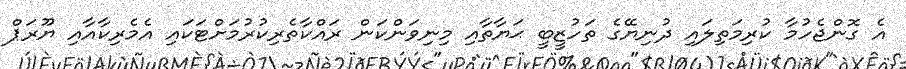
އެ ގޮންޖެހުމާ ކުރިމަތިލައި ދުނިޔޭގެ ތަހުޒީބީ ޙަޔާތާއި މިނިވަންކަން ރައްކާތެރިކުރުމަށްޓަކައި އެމެރިކާއާއި ޔޫރަޕް